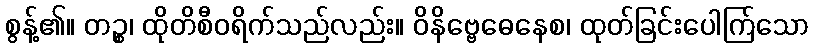
စွန့်၏။ တဉ္စ၊ ထိုတိစီဝရိက်သည်လည်း။ ဝိနိဗ္ဗေဓေနေစ၊ ထုတ်ခြင်းပေါက်ြသော